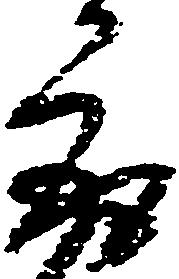
取